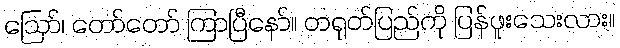
ဩော်၊ တော်တော် ကြာပြီနော်။ တရုတ်ပြည်ကို ပြန်ဖူးသေးလား။